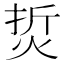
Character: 烲